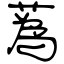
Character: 蒍